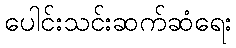
ပေါင်းသင်းဆက်ဆံရေး